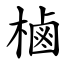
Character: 樐